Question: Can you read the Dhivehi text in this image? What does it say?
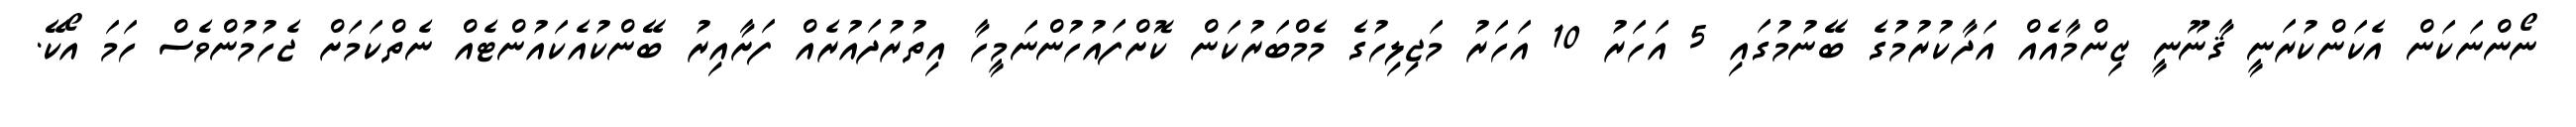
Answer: ނޯންނަކަން އެކަންކުރަނީ ޤާނޫނީ ޒިންމާއެއް އަދާކުރުމުގެ ބޭނުމުގައި 5 އަހަރު 10 އަހަރު މަޖިލިހުގެ މެމްބަރުކަން ކޮށްފައުހުންނަމީހާ އިތުރުދައުރެއް ފަށާއިރު ބޭންކުއެކައުންޓެއް ނެތްކަމަށް ޖެހުމުންވެސް ހަމަ އޯކޭ.